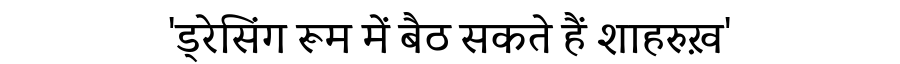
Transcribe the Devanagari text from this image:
'ड्रेसिंग रूम में बैठ सकते हैं शाहरुख़'